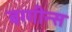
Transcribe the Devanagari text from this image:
बग्गीन्स